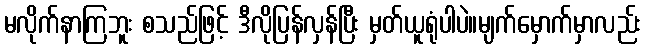
မလိုက်နာကြဘူး စသည်ဖြင့် ဒီလိုပြန်လှန်ပြီး မှတ်ယူရုံပါပဲ။မျက်မှောက်မှာလည်း